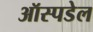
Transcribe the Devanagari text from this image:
ऑस्पडेल